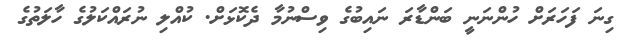
ގިނަ ފަހަަރަށް ހުންނަނީ ބަންޑާރަ ނައިބުގެ ވިސްނުމާ ދެކޮޅަށް. ކުއްލި ނުރައްކަލުގެ ހާލަތުގެ